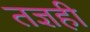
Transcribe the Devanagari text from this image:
तज्ञही